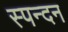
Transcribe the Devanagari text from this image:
स्‍पन्‍दन